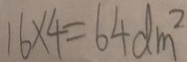
1 6 \times 4 = 6 4 d m ^ { 2 }